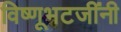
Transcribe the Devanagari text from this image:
विष्णूभटजींनी